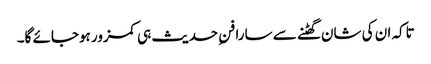
تاکہ ان کی شان گھٹنے سے سارا فنِ حدیث ہی کمزور ہوجائے گا۔